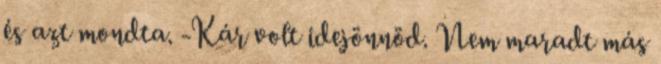
és azt mondta. -Kár volt idejönnöd. Nem maradt más